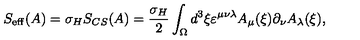
S _ { \mathrm { e f f } } ( A ) = \sigma _ { H } S _ { C S } ( A ) = \frac { \sigma _ { H } } { 2 } \int _ { \Omega } d ^ { 3 } \xi \varepsilon ^ { \mu \nu \lambda } A _ { \mu } ( \xi ) \partial _ { \nu } A _ { \lambda } ( \xi ) ,